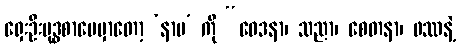
ရှေးဦးဗုဒ္ဓစာပေမှာတော့ ‘နာမ’ ကို “ဝေဒနာ၊ သညာ၊ စေတနာ၊ ဖဿနဲ့